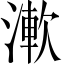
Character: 𣼴